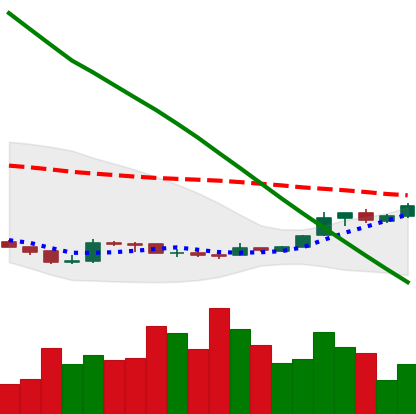
Ticker: XLM-USD
Chart end date: 2019-02-23
Forward return: -9.287%
Label: down_7plus